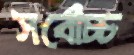
সর্বোচ্চ